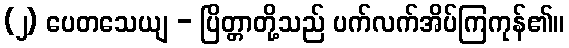
(၂) ပေတသေယျ - ပြိတ္တာတို့သည် ပက်လက်အိပ်ကြကုန်၏။